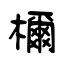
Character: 檷